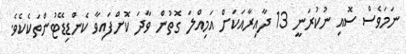
ނަމަވެސް ސޮއި ނުކުރަނީ 13 ދާއިރާއަކަށް އަމިއްލަ ގޮތުން ވާދަ ކޮށްފައިވާ ކެންޑިޑޭޓުންތަކެކެވެ.